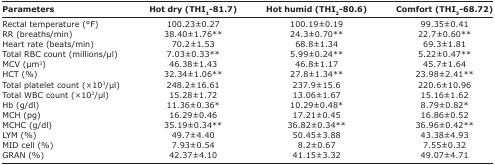
<table><thead><tr><td><b>Parameters</b></td><td><b>Hot dry (THI<sub>1</sub>-81.7)</b></td><td><b>Hot humid (THI<sub>2</sub>-80.6)</b></td><td><b>Comfort (THI<sub>3</sub>-68.72)</b></td></tr></thead><tbody><tr><td>Rectal temperature (°F)</td><td>100.23±0.27</td><td>100.19±0.19</td><td>99.35±0.41</td></tr><tr><td>RR (breaths/min)</td><td>38.40±1.76**</td><td>24.3±0.70**</td><td>22.7±0.60**</td></tr><tr><td>Heart rate (beats/min)</td><td>70.2±1.53</td><td>68.8±1.34</td><td>69.3±1.81</td></tr><tr><td>Total RBC count (millions/μl)</td><td>7.03±0.33**</td><td>5.99±0.24**</td><td>5.22±0.47**</td></tr><tr><td>MCV (μm<sup>3</sup>)</td><td>46.38±1.43</td><td>46.8±1.17</td><td>45.7±1.64</td></tr><tr><td>HCT (%)</td><td>32.34±1.06**</td><td>27.8±1.34**</td><td>23.98±2.41**</td></tr><tr><td>Total platelet count (×10<sup>3</sup>/μl)</td><td>248.2±16.61</td><td>237.9±15.6</td><td>220.6±10.96</td></tr><tr><td>Total WBC count (×10<sup>3</sup>/μl)</td><td>15.28±1.72</td><td>13.06±1.67</td><td>15.16±1.62</td></tr><tr><td>Hb (g/dl)</td><td>11.36±0.36*</td><td>10.29±0.48*</td><td>8.79±0.82*</td></tr><tr><td>MCH (pg)</td><td>16.29±0.46</td><td>17.21±0.45</td><td>16.86±0.52</td></tr><tr><td>MCHC (g/dl)</td><td>35.19±0.34**</td><td>36.82±0.34**</td><td>36.96±0.42**</td></tr><tr><td>LYM (%)</td><td>49.7±4.40</td><td>50.45±3.88</td><td>43.38±4.93</td></tr><tr><td>MID cell (%)</td><td>7.93±0.54</td><td>8.2±0.67</td><td>7.55±0.32</td></tr><tr><td>GRAN (%)</td><td>42.37±4.10</td><td>41.15±3.32</td><td>49.07±4.71</td></tr></tbody></table>